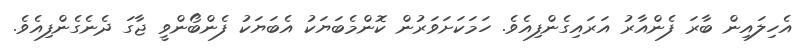
އެހިލައިން ބާރަ ފެންއާރު އަރައިގެންފިއެވެ. ހަމަކަށަވަރުން ކޮންމެބަޔަކު އެބަޔަކު ފެންބޯންވީ ޖާގަ ދެނެގެންފިއެވެ.